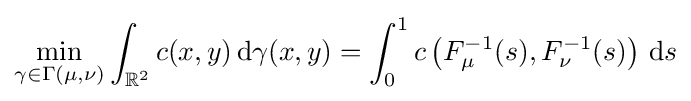
\min _{\gamma \in \Gamma (\mu ,\nu )}\int _{\mathbb {R} ^{2}}c(x,y)\,\mathrm {d} \gamma (x,y)=\int _{0}^{1}c\left(F_{\mu }^{-1}(s),F_{\nu }^{-1}(s)\right)\,\mathrm {d} s